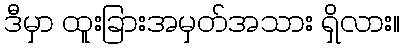
ဒီမှာ ထူးခြားအမှတ်အသား ရှိလား။